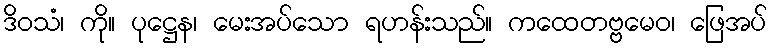
ဒိဝသံ၊ ကို။ ပုဋ္ဌေန၊ မေးအပ်သော ရဟန်းသည်။ ကထေတဗ္ဗမေဝ၊ ဖြေအပ်